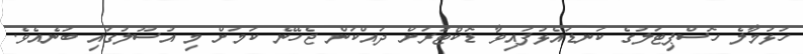
ހުޅުމާލެ ހޮސްޕިޓަލުގެ ކަނޑައެޅުފައިވާ ޑޮކްޓަރަށް ދައްކަން ޖެހޭނެ ކަމަށް މި އުސޫލުގައި ބުނެއެެވެ.